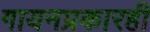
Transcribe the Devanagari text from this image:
गायनप्रकारही